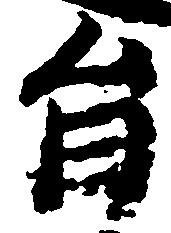
旨